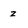
Character: z